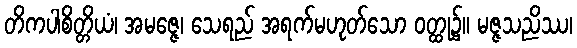
တိကပါစိတ္တိယံ၊ အမဇ္ဇေ၊ သေရည် အရက်မဟုတ်သော ဝတ္ထု၌။ မဇ္ဇသညိဿ၊